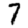
Digit: 7